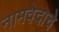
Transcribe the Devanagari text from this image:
नामवेदाचे